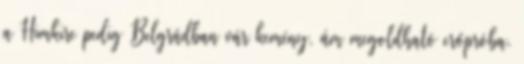
a Himkire pedig Belgrádban vár kemény, ám megoldható erőpróba.